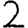
Digit: 2